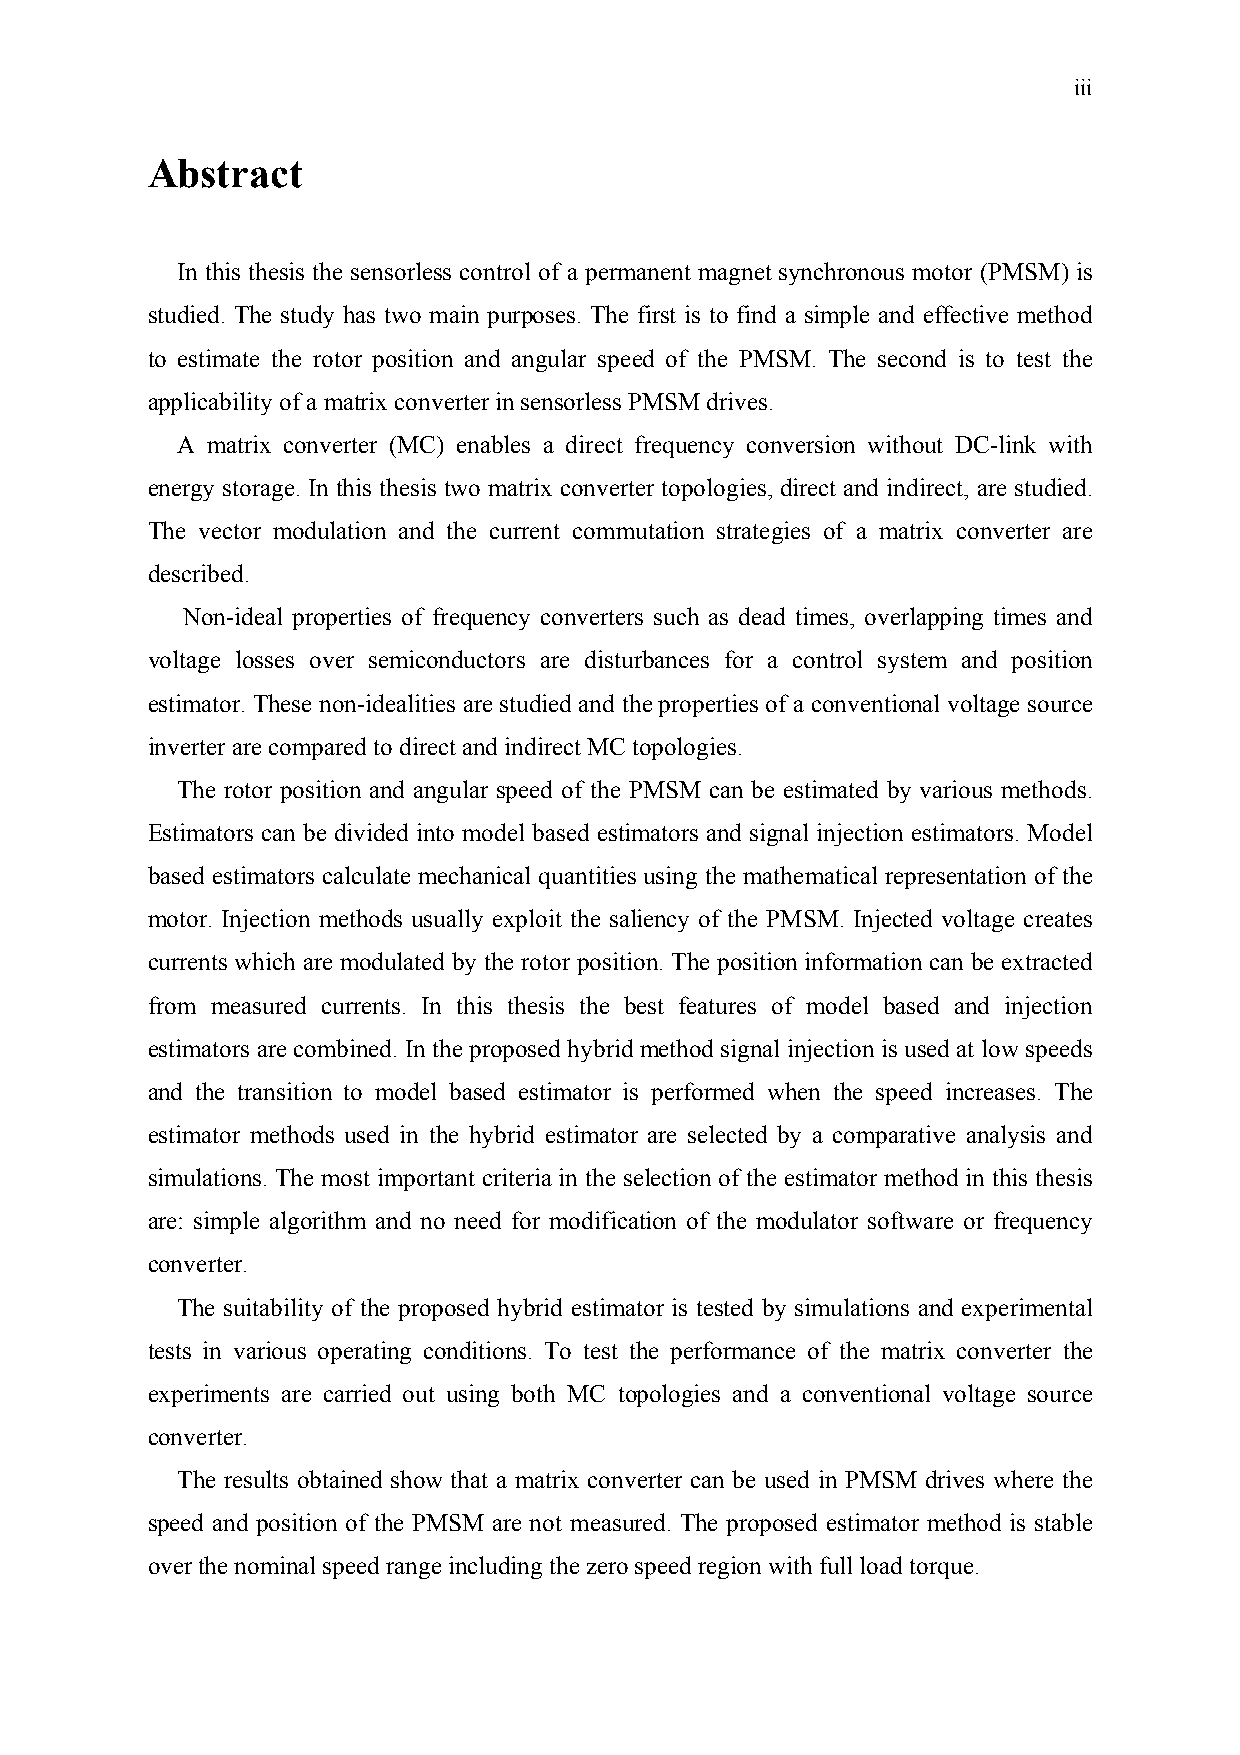
iii
 Abstract
 In this thesis the sensorless control of a permanent magnet synchronous motor (PMSM) is
 studied. The study has two main purposes. The first is to find a simple and effective method
 to estimate the rotor position and angular speed of the PMSM. The second is to test the
 applicability of a matrix converter in sensorless PMSM drives.
 A matrix converter (MC) enables a direct frequency conversion without DC-link with
 energy storage. In this thesis two matrix converter topologies, direct and indirect, are studied.
 The vector modulation and the current commutation strategies of a matrix converter are
 described.
 Non-ideal properties of frequency converters such as dead times, overlapping times and
 voltage losses over semiconductors are disturbances for a control system and position
 estimator. These non-idealities are studied and the properties of a conventional voltage source
 inverter are compared to direct and indirect MC topologies.
 The rotor position and angular speed of the PMSM can be estimated by various methods.
 Estimators can be divided into model based estimators and signal injection estimators. Model
 based estimators calculate mechanical quantities using the mathematical representation of the
 motor. Injection methods usually exploit the saliency of the PMSM. Injected voltage creates
 currents which are modulated by the rotor position. The position information can be extracted
 from measured currents. In this thesis the best features of model based and injection
 estimators are combined. In the proposed hybrid method signal injection is used at low speeds
 and the transition to model based estimator is performed when the speed increases. The
 estimator methods used in the hybrid estimator are selected by a comparative analysis and
 simulations. The most important criteria in the selection of the estimator method in this thesis
 are: simple algorithm and no need for modification of the modulator software or frequency
 converter.
 The suitability of the proposed hybrid estimator is tested by simulations and experimental
 tests in various operating conditions. To test the performance of the matrix converter the
 experiments are carried out using both MC topologies and a conventional voltage source
 converter.
 The results obtained show that a matrix converter can be used in PMSM drives where the
 speed and position of the PMSM are not measured. The proposed estimator method is stable
 over the nominal speed range including the zero speed region with full load torque.